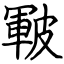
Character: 皸